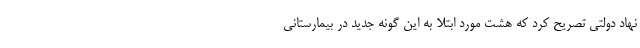
نهاد دولتی تصریح کرد که هشت مورد ابتلا به این گونه جدید در بیمارستانی